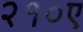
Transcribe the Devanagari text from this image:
२१०ए